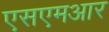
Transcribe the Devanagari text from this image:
एसएमआर